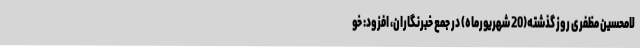
لامحسین مظفری روز گذشته(20 شهریورماه) در جمع خبرنگاران، افزود: خو